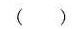
()